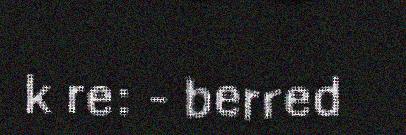
k re: - berred